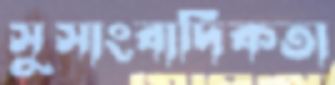
সুসাংবাদিকতা